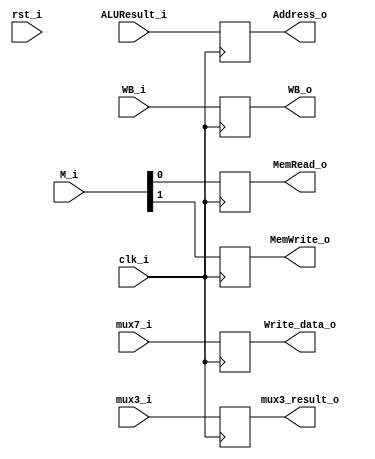
module EX_MEM(
	clk_i,
	rst_i,
    WB_i, 
    M_i,
    ALUResult_i, 
    mux7_i,
   	mux3_i, 
    
    WB_o,
    MemRead_o,
    MemWrite_o,
    Address_o,
	Write_data_o,
	mux3_result_o
);

	input clk_i, rst_i;
	input [1:0] WB_i, M_i;
	input [31:0] ALUResult_i, mux7_i; 
	input [4:0] mux3_i; 
    
	output reg[1:0] WB_o;
	output reg MemRead_o, MemWrite_o;
	output reg[31:0] Address_o, Write_data_o; 
	output reg[4:0] mux3_result_o; 
	
	
	always@(posedge clk_i)begin
			WB_o <= WB_i;
			MemRead_o <= M_i[0:0];
			MemWrite_o <= M_i[1:1];			
			Address_o <= ALUResult_i;
			Write_data_o <= mux7_i;
			mux3_result_o <= mux3_i;
	end
endmodule